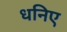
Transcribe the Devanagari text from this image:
धनिए